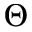
\Theta